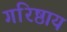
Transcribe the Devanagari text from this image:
गरिष्ठाय